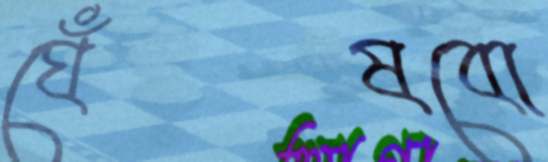
ঘেঁষবো